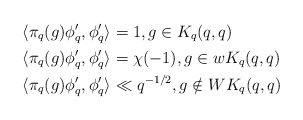
\begin{align*}\langle \pi_q(g) \phi'_q, \phi'_q \rangle & = 1, g \in K_q(q,q) \\\langle \pi_q(g) \phi'_q, \phi'_q \rangle & = \chi(-1), g \in wK_q(q,q) \\\langle \pi_q(g) \phi'_q, \phi'_q \rangle & \ll q^{-1/2}, g \notin W K_q(q,q)\end{align*}